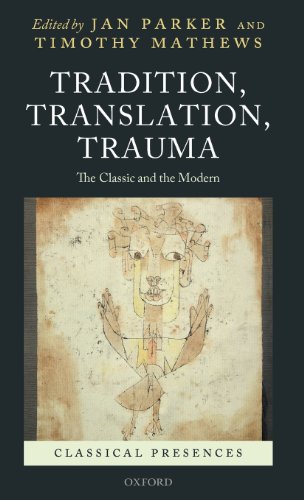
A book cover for Tradition, Translation, Trauma: The Classic and the Modern (Classical Presences); Jan Parker; Literature & Fiction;